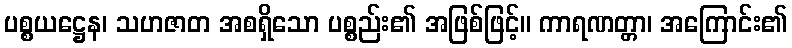
ပစ္စယဋ္ဌေန၊ သဟဇာတ အစရှိသော ပစ္စည်း၏ အဖြစ်ဖြင့်။ ကာရဏတ္တာ၊ အကြောင်း၏